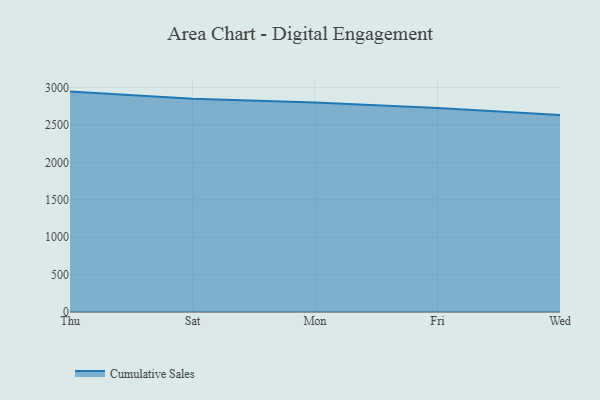
{"axis": {"x": "Day", "y": "Energy Usage (MWh)"}, "legend": ["Cumulative Sales"], "data": [{"x": "Thu", "y": 2944.9, "type": "Cumulative Sales"}, {"x": "Sat", "y": 2849.8, "type": "Cumulative Sales"}, {"x": "Mon", "y": 2800.7, "type": "Cumulative Sales"}, {"x": "Fri", "y": 2725.1, "type": "Cumulative Sales"}, {"x": "Wed", "y": 2632.9, "type": "Cumulative Sales"}]}